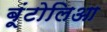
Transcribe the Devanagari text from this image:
बूंटोलिआ